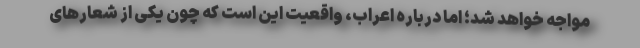
مواجه خواهد شد؛ اما درباره اعراب، واقعیت این است که چون یکی از شعارهای